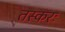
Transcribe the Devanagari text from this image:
तस्करः